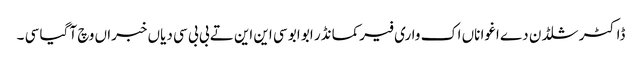
ڈاکٹر شلڈن دے اغوا ناں اک واری فیرکمانڈر ابو ابو سی این این تے بی بی سی دیاں خبراں وچ آ گیا سی ۔